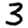
Digit: 3